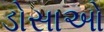
ડોસાઓ